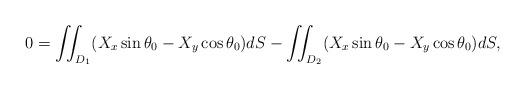
LaTeX: \begin{align*} 0=\iint_{D_1}(X_x\sin\theta_0-X_y\cos\theta_0)dS -\iint_{D_2}(X_x\sin\theta_0-X_y\cos\theta_0)dS,\end{align*}